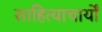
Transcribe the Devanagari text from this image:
साहित्याचार्यों